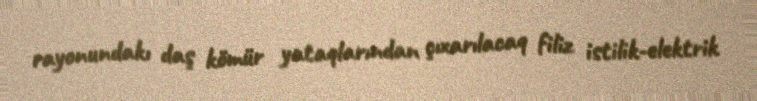
rayonundakı daş kömür yataqlarından çıxarılacaq filiz istilik-elektrik